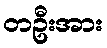
တဦးအား